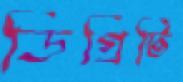
ডিগ্রিটি